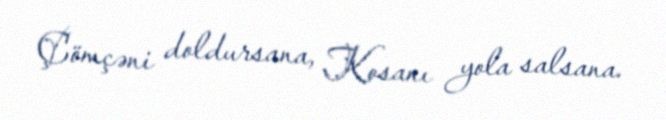
Çömçəni doldursana, Kosanı yola salsana.